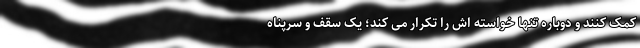
کمک کنند و دوباره تنها خواسته اش را تکرار می کند؛ یک سقف و سرپناه